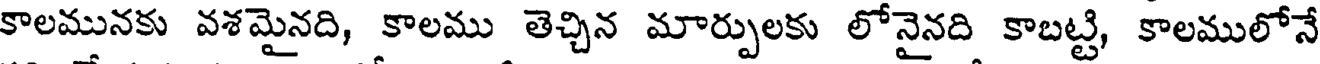
కాలమునకు వశమైనది, కాలము తెచ్చిన మార్పులకు లోనైనది కాబట్టి, కాలములోనే